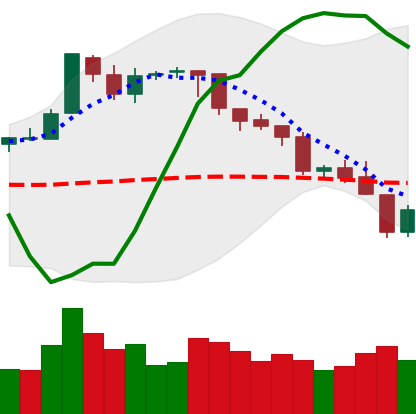
Ticker: BTC-USD
Chart end date: 2018-08-09
Forward return: -5.611%
Label: down_5_7